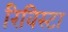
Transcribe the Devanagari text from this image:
रिविस्टा